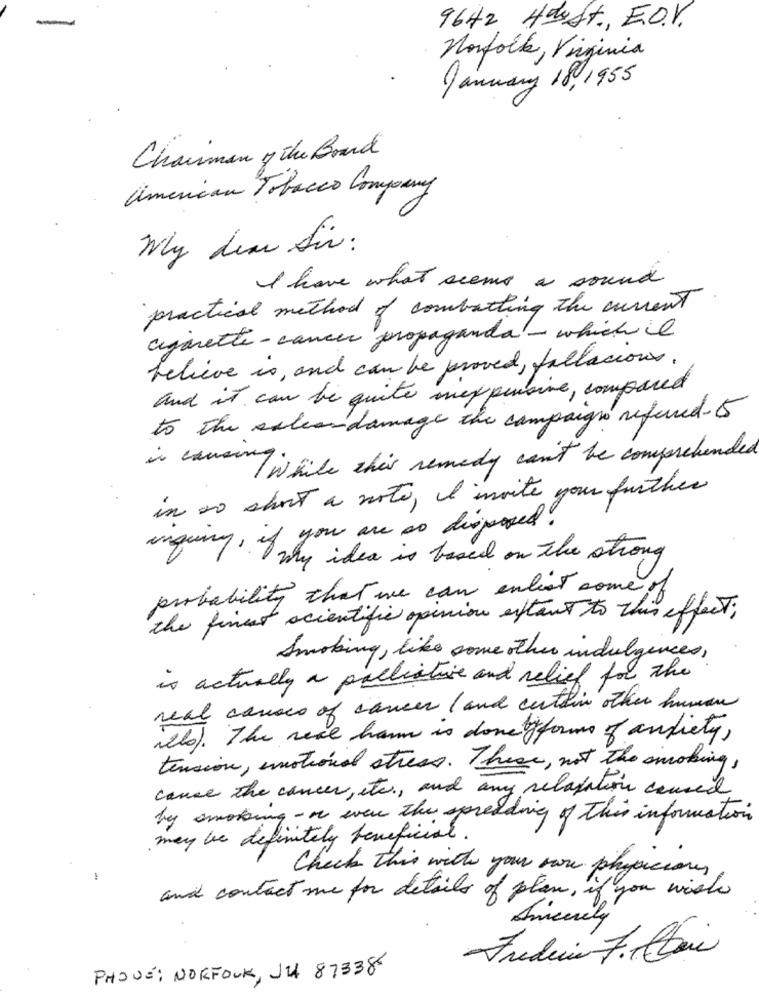
-
9642 Hdost, E.D.V.
Norfolk, Virginia
January 18,1955
Chairman of the Board
american Tobacco Company
Why dear Sir :
I have what seems a sound
practical method of combatting the current
cigarette - cancer propaganda - which il
believe is , and can be proved , fallacious.
and it can be quite suexpensive, compared
to the saleordamage the campaign refered-15
is coming is file this remedy can't be comprehended
in so short a note, I invite your further
of you are so disposed.
inquiry, o my idea is based on the strong
probability that we can enlest some of
the finest scientific opinion extant to this effect;
Smoking, like some other indulgences,
is actually a palliative and relief for the
real causes of cancer ( and certain other human
illo). The real ham is donety forms of andiety,
tension, emotional stress. These, not the smoking,
cause the cancer, etc ., and any relaxation caused
by smoking - an even the spreading of This information
may be definitely beneficial .
Check this with your rare physicians
and contact me for details of plan, if you wish
Ameriky
Fredericia F. Com
PHONE: NORFOLK, JU 873386